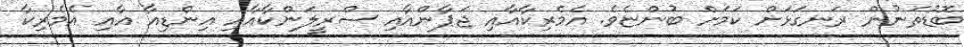
ބޮޑުތަނުން ރަނގަޅަށް ކަމަށް ބުންޏެވެ. އެމެރިކާއާއި ޖަޕާންއާއި ސްރީލަންކާއާއި އިންޑިއާ އާއި އެމެރިކާ